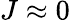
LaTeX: J\approx 0